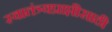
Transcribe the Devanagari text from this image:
स्वातंत्र्यप्राप्तीसाठी